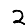
Digit: 2